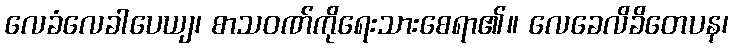
လေခံလေခါပေယျ၊ စာသဝဏ်ကိုရေးသားစေရာ၏။ လေခေလိခိတေပန၊